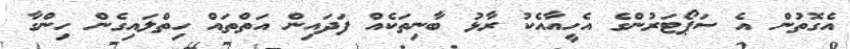
އެގޮތުން އެ ސަޕޯޓަރުންގެ އެހީއާއެކު ރާޅު ބާނިތަކެއް ފަދައިން އަތްތައް ހިތްލައިގެން ހިންގާ